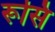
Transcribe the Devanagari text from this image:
रूसि